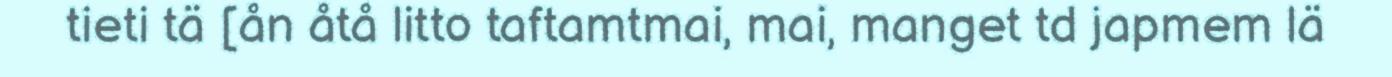
tieti tä [ån åtå litto taftamtmai, mai, manget td japmem lä